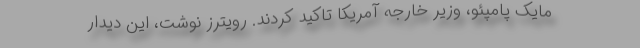
مایک پامپئو، وزیر خارجه آمریکا تاکید کردند. رویترز نوشت، این دیدار